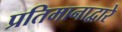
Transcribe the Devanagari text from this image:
प्रतिमानाद्वारे